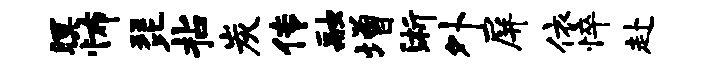
暝怖琵拈炭传融增浙外屏依悴赴